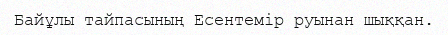
Байұлы тайпасының Есентемір руынан шыққан.